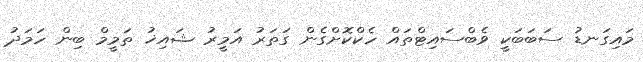
މައިގަނޑު ސަބަބަކީ ވެބްސައިޓްތައް ހެކްކޮށްގެން ގަތަރު އަމީރު ޝައިޚު ތަމީމް ބިން ހަމަދު